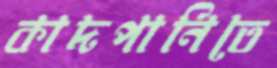
কাদপানিতে